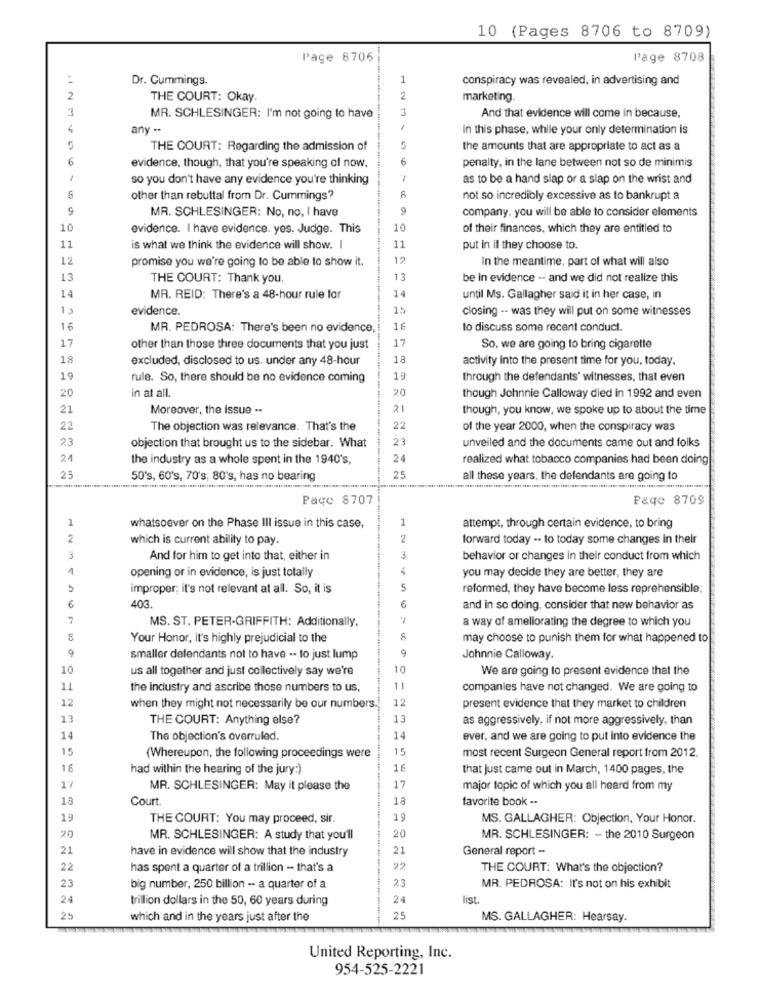
10 (Pages 8706 to 8709)
Pace 8706
Page 8708
:
Dr. Cummings.
1
conspiracy was revealed, in advertising and
2
THE COURT: Okay.
2
marketing.
3
3
MR. SCHLESINGER: I'm not going to have
And that evidence will come in because,
any --
in this phase, while your only determination is
THE COURT: Regarding the admission of
5
the amounts that are appropriate to act as a
6
6
evidence, though, that you're speaking of now,
penalty, in the lane between not so de minimis
1
so you don't have any evidence you're thinking
as to be a hand slap or a slap on the wrist and
other than rebuttal from Dr. Cummings?
8
not so incredibly excessive as to bankrupt a
MR. SCHLESINGER: No, no, I have
9
company, you will be able to consider elements
10
evidence. I have evidence. yes. Judge. This
10
of their finances, which they are entitled to
11
is what we think the evidence will show. I
11
put in if they choose to.
12
promise you we're going to be able to show it.
12
In the meantime, part of what will also
13
THE COURT: Thank you.
13
be in evidence -- and we did not realize this
14
14
MR. REID: There's a 48-hour rule for
until Ms. Gallagher said it in her case, in
15
evidence.
15
closing -- was they will put on some witnesses
16
MR. PEDROSA: There's been no evidence,
16
to discuss some recent conduct.
17
17
other than those three documents that you just
So, we are going to bring cigarette
18
excluded, disclosed to us. under any 48-hour
18
activity into the present time for you, today,
19
rule. So, there should be no evidence coming
19
through the defendants' witnesses, that even
in at all.
20
20
though Johnnie Calloway died in 1992 and even
21
Moreover, the issue ..
21
though, you know, we spoke up to about the time
22
The objection was relevance. That's the
22
of the year 2000, when the conspiracy was
23
23
unveiled and the documents came out and folks
objection that brought us to the sidebar. What
21
the industry as a whole spent in the 1940's,
24
realized what tobacco companies had been doing
25
50's, 60's, 70's, 80's, has no bearing
25
all these years, the defendants are going to
Page 8707
Page 8709
1
1
whatsoever on the Phase III issue in this case,
attempt, through certain evidence, to bring
2
which is current ability to pay.
forward today .. to today some changes in their
Cal
And for him to get into that, either in
behavior or changes in their conduct from which
1
opening or in evidence, is just totally
you may decide they are better, they are
5
improper; it's not relevant at all. So, it is
S
reformed, they have become less reprehensible;
403.
6
and in so doing, consider that new behavior as
7
MS. ST. PETER-GRIFFITH: Additionally.
a way of ameliorating the degree to which you
Your Honor, it's highly prejudicial to the
8
may choose to punish them for what happened to
9
9
smaller defendants not to have -- to just lump
Johnnie Calloway.
10
us all together and just collectively say we're
10
We are going to present evidence that the
11
the industry and ascribe those numbers to us,
11
companies have not changed. We are going to
12
12
when they might not necessarily be our numbers.
present evidence that they market to children
13
THE COURT: Anything else?
13
as aggressively, if not more aggressively. than
14
The objection's overruled.
14
ever, and we are going to put into evidence the
15
15
(Whereupon, the following proceedings were
most recent Surgeon General report from 2012.
16
had within the hearing of the jury:)
16
that just came out in March, 1400 pages, the
17
MR. SCHLESINGER: May it please the
17
major topic of which you all heard from my
18
Court.
18
favorite book ..
19
THE COURT: You may proceed, sir.
19
MS. GALLAGHER: Objection, Your Honor.
20
MR. SCHLESINGER: A study that you'll
20
MR. SCHLESINGER: - the 2010 Surgeon
21
have in evidence will show that the industry
21
General report -
22
has spent a quarter of a trillion - that's a
22
THE COURT: What's the objection?
23
23
big number, 250 billion -- a quarter of a
MR. PEDROSA: It's not on his exhibit
24
trillion dollars in the 50, 60 years during
24
list.
25
which and in the years just after the
25
MS. GALLAGHER: Hearsay.
United Reporting, Inc.
954-525-2221